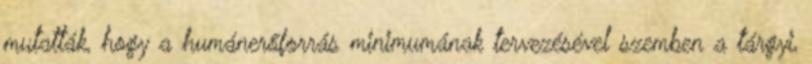
mutatták, hogy a humánerőforrás minimumának tervezésével szemben a tárgyi,